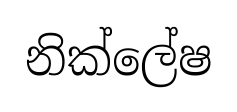
නික්ලේෂ